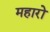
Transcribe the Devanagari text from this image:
महारो